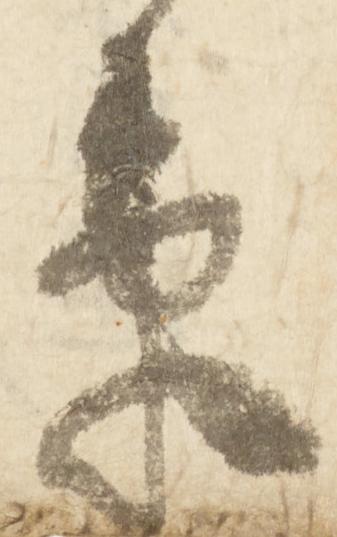
束